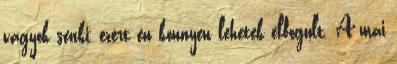
vagyok senki, ezért én könnyen lehetek elfogult. A mai